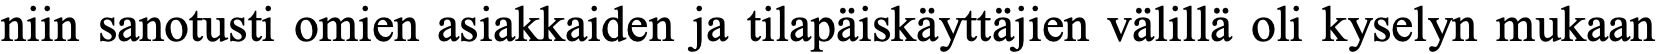
niin sanotusti omien asiakkaiden ja tilapäiskäyttäjien välillä oli kyselyn mukaan